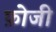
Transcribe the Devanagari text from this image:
फ़ोजी